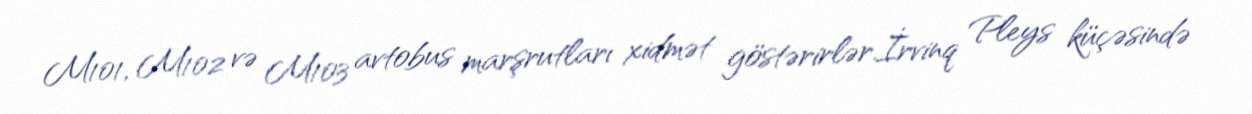
M101, M102 və M103 avtobus marşrutları xidmət göstərirlər.İrvinq Pleys küçəsində